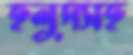
হলুদসহ